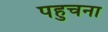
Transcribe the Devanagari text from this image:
पहुचना